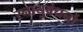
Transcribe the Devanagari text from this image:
स्नायुबंधनों